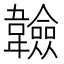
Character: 𩏩